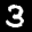
Label: 3